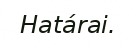
Határai.